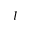
I